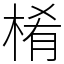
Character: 㮁